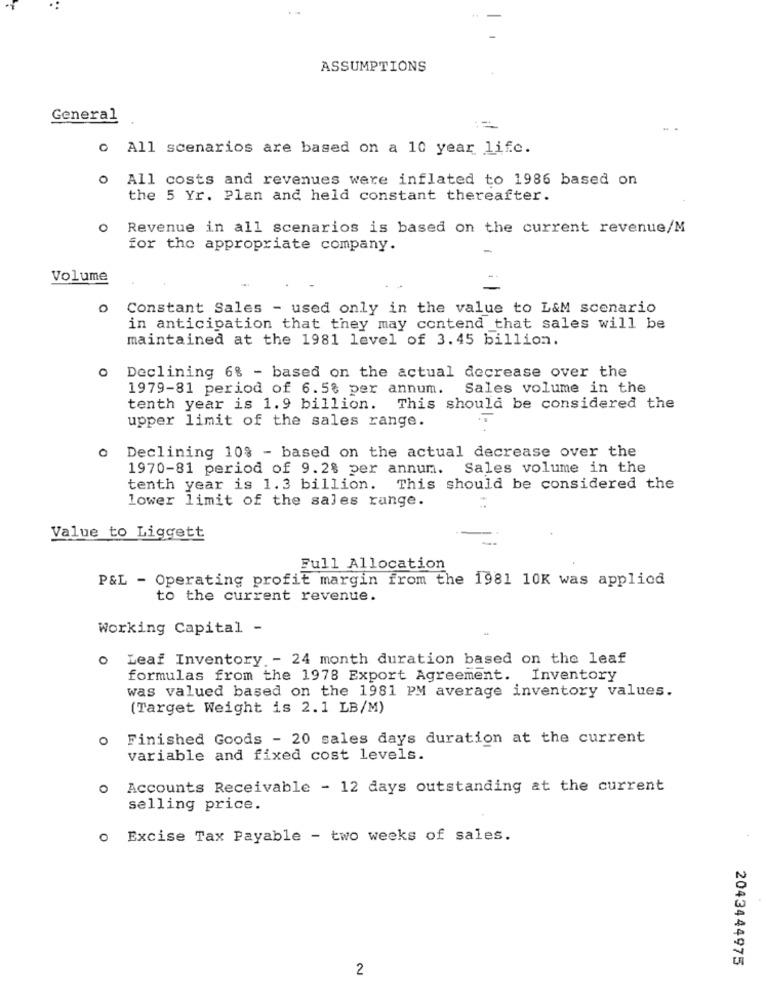
ASSUMPTIONS
General
o All scenarios are based on a 10 year life.
o All costs and revenues were inflated to 1986 based on
the 5 Yr. Plan and held constant thereafter.
o Revenue in all scenarios is based on the current revenue/M
for the appropriate company.
-
Volume
0
Constant Sales - used only in the value to L&M scenario
in anticipation that they may contend that sales will be
maintained at the 1981 level of 3.45 billion.
Declining 6% - based on the actual decrease over the
1979-81 period of 6.5% per annum.
Sales volume in the
tenth year is 1.9 billion. This should be considered the
upper limit of the sales range.
o Declining 10% - based on the actual decrease over the
1970-81 period of 9.2% per annum. Sales volume in the
tenth year is 1.3 billion. This should be considered the
lower limit of the sales range.
Value to Liggett
Full Allocation
P&L - Operating profit margin from the 1981 10K was applied
to the current revenue.
Working Capital -
o Leaf Inventory .- 24 month duration based on the leaf
formulas from the 1978 Export Agreement. Inventory
was valued based on the 1981 PM average inventory values.
(Target Weight is 2.1 LB/M)
o Finished Goods - 20 sales days duration at the current
variable and fixed cost levels.
o Accounts Receivable - 12 days outstanding at the current
selling price.
o Excise Tax Payable - two weeks of sales.
2043444975
2